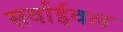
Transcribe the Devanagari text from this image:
सर्वाईवल